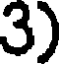
3)